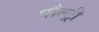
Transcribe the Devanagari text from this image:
पौल्ट्री